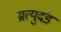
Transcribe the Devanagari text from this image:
म्रत्युदंड